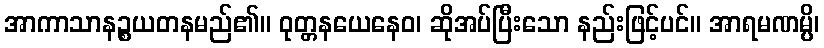
အာကာသာနဉ္စယတနမည်၏။ ဝုတ္တနယေနေဝ၊ ဆိုအပ်ပြီးသော နည်းဖြင့်ပင်။ အာရမဏမ္ပိ၊